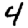
Digit: 4